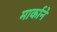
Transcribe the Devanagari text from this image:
मार्काने